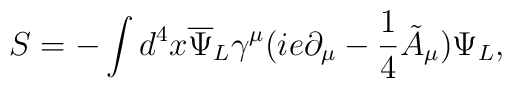
S= -\int d^4x {\overline{\Psi}_L}\gamma^\mu(ie\partial_\mu - \frac{1}{4}{\tilde A}_\mu)\Psi_L ,